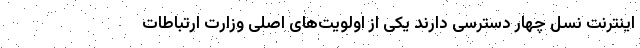
اینترنت نسل چهار دسترسی دارند یکی از اولویت‌های اصلی وزارت ارتباطات